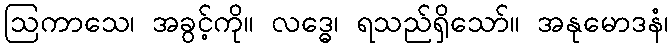
ဩကာသေ၊ အခွင့်ကို။ လဒ္ဓေ၊ ရသည်ရှိသော်။ အနုမောဒနံ၊